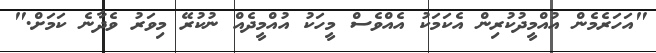
"އަހަރެމެން އުއްމީދުކުރިން އެކަމަކު އެއްވެސް މީހަކު އުއްމީދެއް ނުކުރޭ މިވަރު ވެދާނެ ކަމަށް."